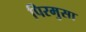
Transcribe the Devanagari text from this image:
पिरमुसा